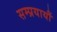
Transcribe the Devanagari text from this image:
सम्प्रयायौं